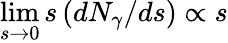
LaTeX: \operatorname*{lim}_{s\to 0}s\, (dN_{\gamma}/ds)\propto s